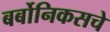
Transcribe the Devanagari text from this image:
बर्बोनिकसचे